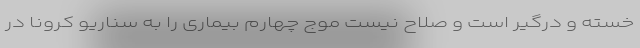
خسته و درگیر است و صلاح نیست موج چهارم بیماری را به سناریو کرونا در